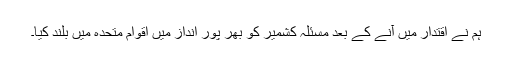
ہم نے اقتدار میں آنے کے بعد مسئلہ کشمیر کو بھر پور انداز میں اقوام متحدہ میں بلند کیا۔